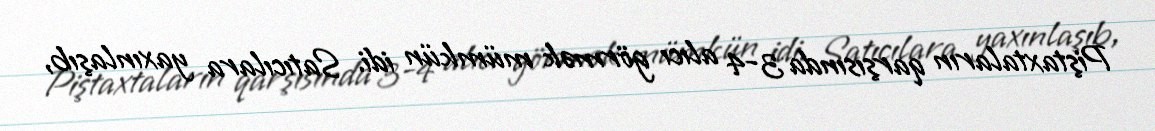
Piştaxtaların qarşısında 3-4 alıcı görmək mümkün idi. Satıcılara yaxınlaşıb,